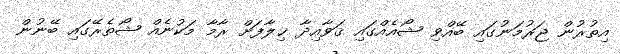
އިތުރުން ޖަރުމަނުގައި ބޭއްވި ޝޯއެއްގައި ޤަވާއިދާ ޚިލާފަށް ރާމާ މަކުނެއް ޝޯތެރޭގައި ބޭނުން